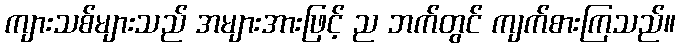
ကျားသစ်များသည် အများအားဖြင့် ည ဘက်တွင် ကျက်စားကြသည်။